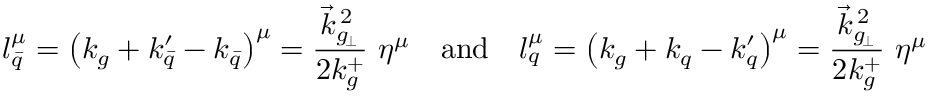
l _ { \bar { q } } ^ { \mu } = \left( k _ { g } + k _ { \bar { q } } ^ { \prime } - k _ { \bar { q } } \right) ^ { \mu } = { \frac { \vec { k } _ { g _ { \! \perp } } ^ { \, 2 } } { 2 k _ { g } ^ { + } } } \ \eta ^ { \mu } \quad \mathrm { a n d } \quad l _ { q } ^ { \mu } = \left( k _ { g } + k _ { q } - k _ { q } ^ { \prime } \right) ^ { \mu } = { \frac { \vec { k } _ { g _ { \! \perp } } ^ { \, 2 } } { 2 k _ { g } ^ { + } } } \ \eta ^ { \mu }